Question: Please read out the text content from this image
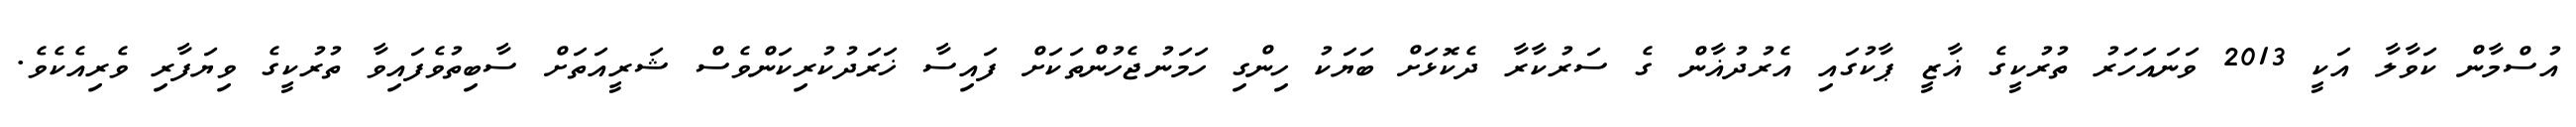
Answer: އުސްމާން ކަވާލާ އަކީ 2013 ވަނައަހަރު ތުރުކީގެ ޣާޒީ ޕާކުގައި އެރުދުޣާން ގެ ސަރުކާރާ ދެކޮޅަށް ބަޔަކު ހިންގި ހަމަނުޖެހުންތަކަށް ފައިސާ ޚަރަދުކުރިކަންވެސް ޝަރީއަތަށް ސާބިތުވެފައިވާ ތުރުކީގެ ވިޔަފާރި ވެރިއެކެވެ.